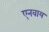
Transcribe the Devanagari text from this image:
एनवाय